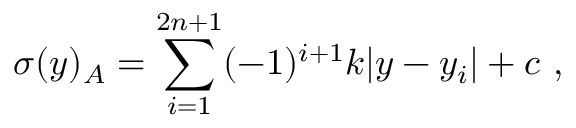
\sigma ( y ) _ { A } = \sum _ { i = 1 } ^ { 2 n + 1 } ( - 1 ) ^ { i + 1 } k | y - y _ { i } | + c ~ , ~ \,